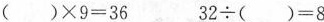
()×9=36 32÷()=8